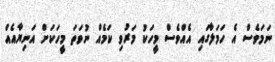
ނަމަވެސް އެ ހަމަލާގައި އެއްވެސް މީހަކު މަރުވި ކަމެއް ނުވަތަ މީހަކަށް އަނިޔާއެއް